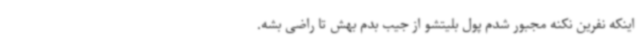
اینکه نفرین نکنه مجبور شدم پول بلیتشو از جیب بدم بهش تا راضی بشه.